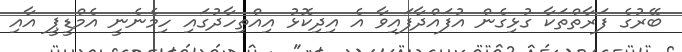
ބޭރުގެ ފަރާތްތަކާ ގުޅިގެން އުފައްދާފައިވާ އެ އިދިކޮޅު އިއްތިހާދުގައި ހިމެނެނީ އެމްޑީޕީ އާއި